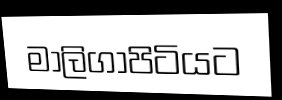
මාලිගාපිටියට